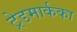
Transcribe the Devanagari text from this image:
ट्रेडमार्कका